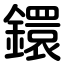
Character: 鐶